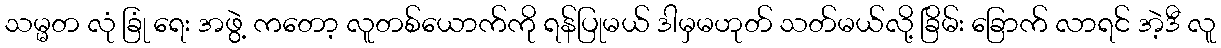
သမ္မတ လုံ ခြုံ ရေး အဖွဲ့ ကတော့ လူတစ်ယောက်ကို ရန်ပြုမယ် ဒါမှမဟုတ် သတ်မယ်လို့ ခြိမ်း ခြောက် လာရင် အဲ့ဒီ လူ